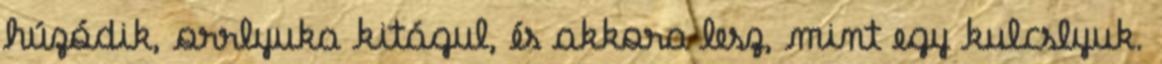
húzódik, orrlyuka kitágul, és akkora lesz, mint egy kulcslyuk.